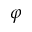
\varphi